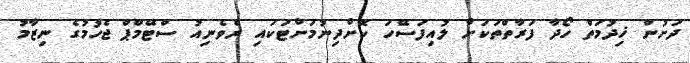
ދަށުން ޚިދުމަތް ހޯދާ ފަރާތްތަކަށް ލުއިފަސޭހަ ކޮށްދިނުމަށްޓަކައި ރެވެނިއު ސްޓޭމްޕް ޖެހުމުގެ ނިޒާމު